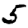
Digit: 5